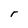
Character: r